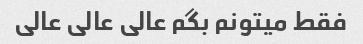
فقط میتونم بگم عالی عالی عالی